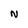
Character: n